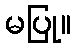
မပြု။